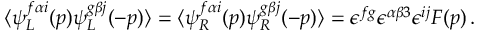
\langle \psi _ { L } ^ { f \alpha i } ( p ) \psi _ { L } ^ { g \beta j } ( - p ) \rangle = \langle \psi _ { R } ^ { f \alpha i } ( p ) \psi _ { R } ^ { g \beta j } ( - p ) \rangle = \epsilon ^ { f g } \epsilon ^ { \alpha \beta 3 } \epsilon ^ { i j } F ( p ) \, .